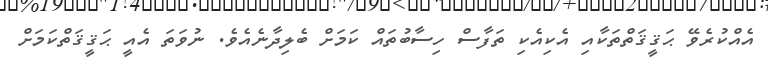
އެއްކުރެވޭ ޙަޤީޤަތްތަކާއި އެކިއެކި ތަފާސް ހިސާބުތައް ކަމަށް ބެލިދާނެއެވެ. ނުވަތަ އެއީ ޙަޤީޤަތްކަމަށް